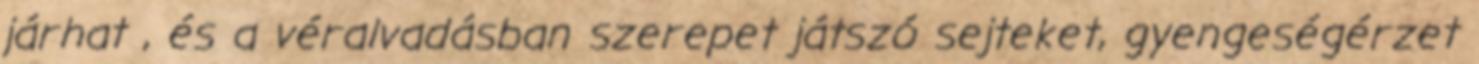
járhat , és a véralvadásban szerepet játszó sejteket, gyengeségérzet